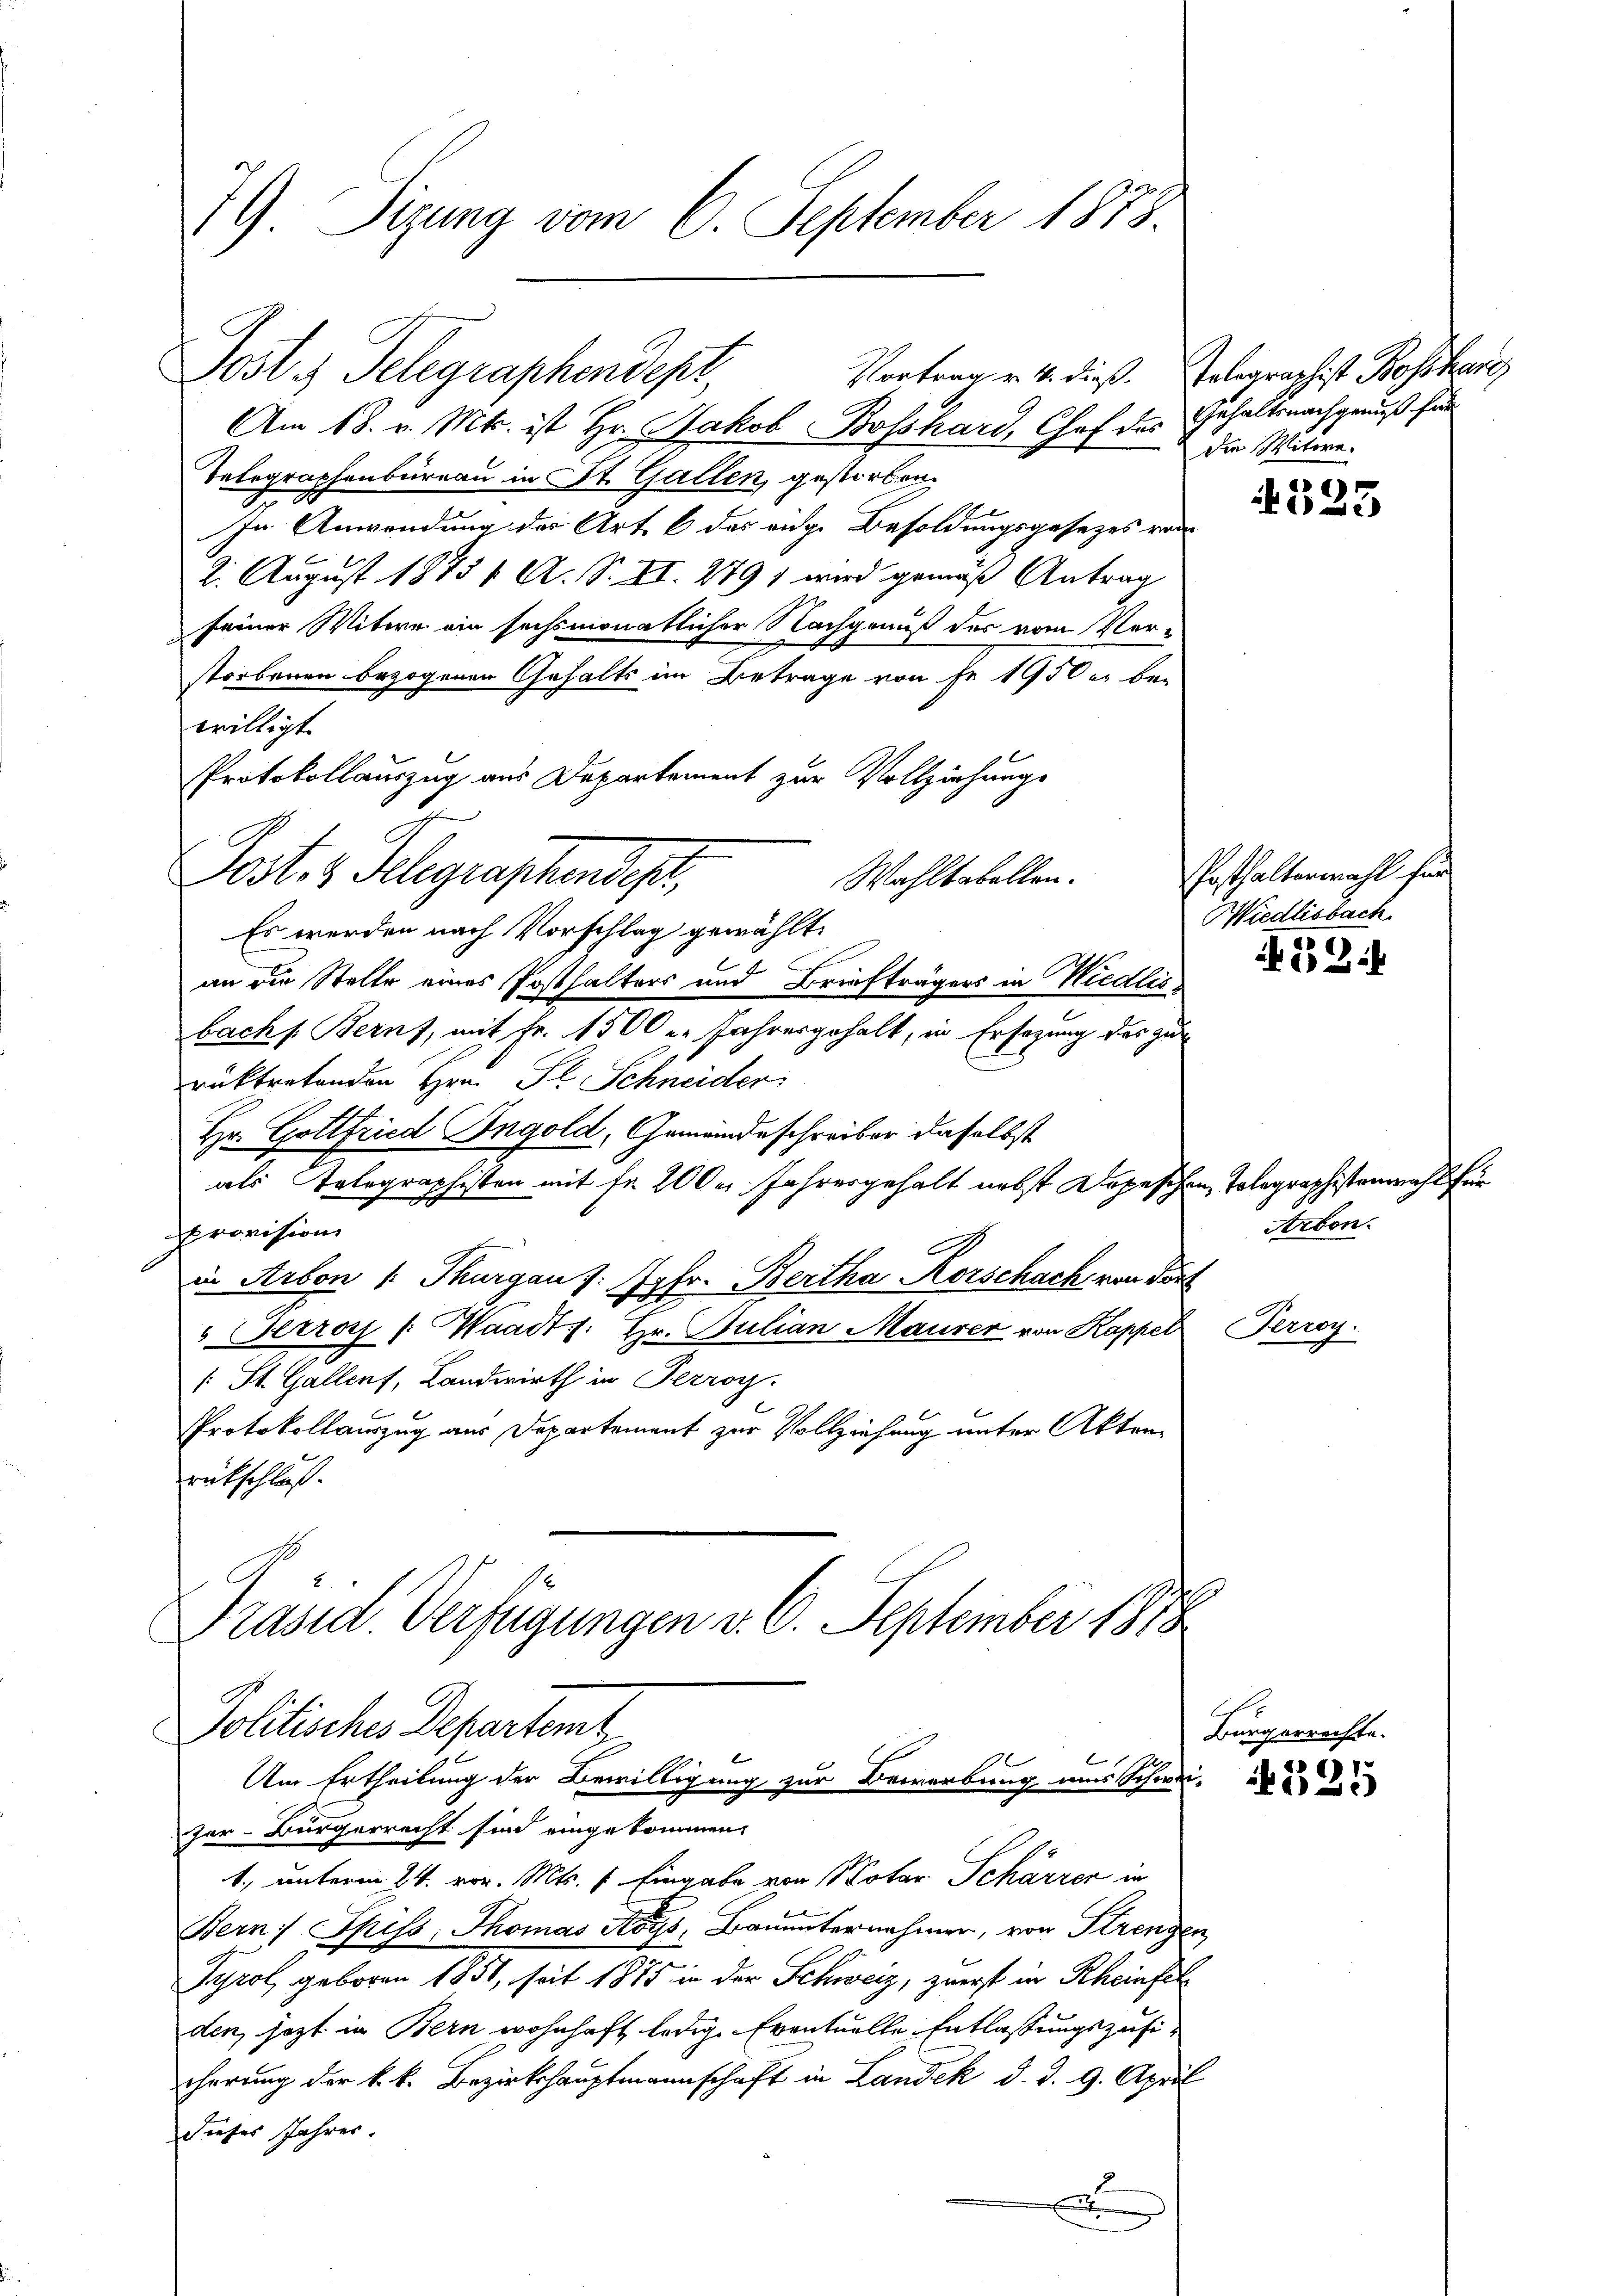
79) Sizung vom 6. September 1873.

Post Telegraphendept,
Am 18. v. Mts. ist Hr. Jakob Boßhard, Chef des Gehaltsnachgenuß für
Telegraphenbüreau in St. Gallen, gestorben.
In Anwendung der Art. 6 des eige Besoldungsgesetzes von
2. August 18751 A. S. II. 279) wird gemäß Antrag
seiner Witwe ein sechsmonatlicher Nachgenuß der vom Verstorbenen bezogenen Gehalts im Betrage von Fr. 1950 r. be-
willigt.
Protokollauszug aus Departement zur Vollziehungs
Wahltabellen.
Es werden nach Vorschlag gewählt.

an die Stelle eines Posthalters und Briefträgers in Wiedlis
bach s. Berns, mit Fr. 1500 u. Jahresgehalt, in Ersezung des zu
rücktretenden Hrn. St. Schneider
Hr. Gottfried Ingold, Gemeindeschreiber daselbst
als Telegraphisten mit fr. 200 Jahresgehalt nebst Depeschen Tolegraphistenmahl
provision
in Arbon /: Thurgau d: Jgfr. Bertha Korschach von Tort
"Herrors (Waadt: Hr. Julian Maurer von Kappel
/: St. Gallenf, Landwirth in Perrog
Protokollauszug aus Departement zur Vollziehung unter Akten
eütschloß.
Präsid. Verfügungen v. 6. September 1878

Post z. Telegraphendest

1, unterm 24. vor. Mts. 1 Eingabe von Notar Schärrer in
Bern Spiss: Thomas des Bauunternehmen, von Strengen
Tyrol geboren 1851, seit 1885 in der Schweiz, zuerst in Rheinfel
den, jezt in Bern wohnhaft ledige Eventuelle Entlassungszuficherung der k.k. Bezirkshauptmannschaft in Landek d. d. 9. April
dieses Jahres.
E

Vortrag v. 4. dieß. Solographist Bossar
Die Witwe.

Politisches Departemt
Um Ertheilung der Bewilligung zur Bewerbung uns Schwei-
zer-Bürgerrecht sind eingekommen.

333

Posthalterwahl für
Wiedlisbach.

53.

Arbon.

Perroy.

Bürgerrechte.
325

e